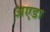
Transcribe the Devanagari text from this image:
अएडा